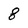
Character: 8